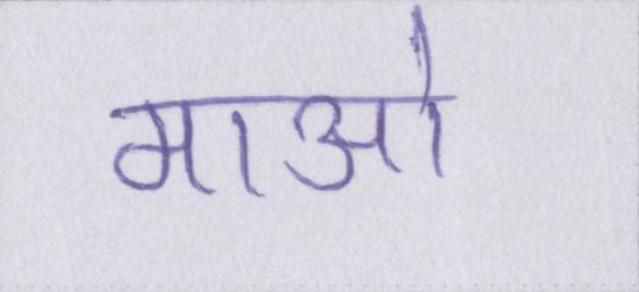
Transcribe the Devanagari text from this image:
माओ